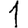
Digit: 1